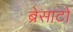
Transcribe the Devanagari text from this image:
ब्रेसाटो